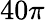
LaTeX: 40\pi